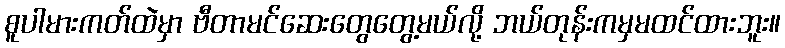
စူပါမားကတ်ထဲမှာ ဗီတာမင်ဆေးတွေတွေ့မယ်လို့ ဘယ်တုန်းကမှမထင်ထားဘူး။